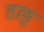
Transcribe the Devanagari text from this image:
हल्लू